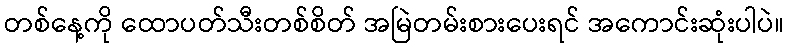
တစ်နေ့ကို ထောပတ်သီးတစ်စိတ် အမြဲတမ်းစားပေးရင် အကောင်းဆုံးပါပဲ။